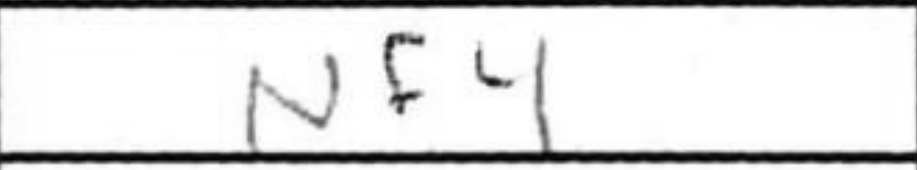
Transcription: Nf4